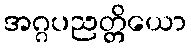
အဂ္ဂပညတ္တိယော